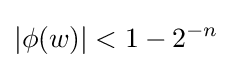
|\phi (w)|<1-2^{-n}